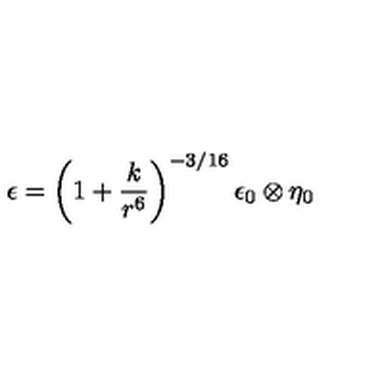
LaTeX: \epsilon = \left( 1 + \frac { k } { r ^ { 6 } } \right) ^ { - 3 / 1 6 } \epsilon _ { 0 } \otimes \eta _ { 0 }